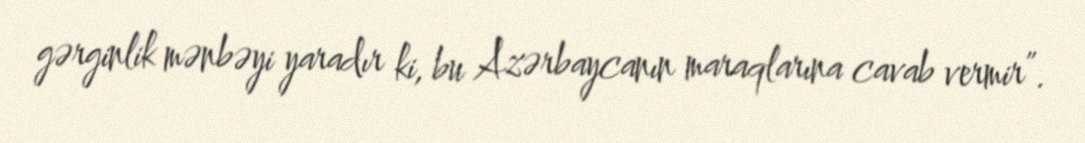
gərginlik mənbəyi yaradır ki, bu Azərbaycanın maraqlarına cavab vermir”.